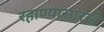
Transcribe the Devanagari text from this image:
रहाण्यासारखे